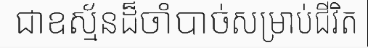
ជាឧស្ម័នដ៏ចាំបាច់សម្រាប់ជីវិត